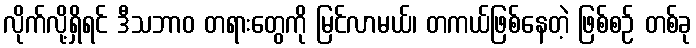
လိုက်လို့ရှိရင် ဒီသဘာဝ တရားတွေကို မြင်လာမယ်၊ တကယ်ဖြစ်နေတဲ့ ဖြစ်စဉ် တစ်ခု